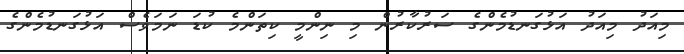
މިއަދު މިއަދު އަޅުގަނޑުމެންގެ ސަރުކާރުން މި ނިންމީ ކިތަންމެ ކުޑަ ނަމަވެސް އަޅުގަނޑުމެންގެ